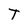
Character: T